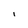
Character: I